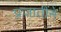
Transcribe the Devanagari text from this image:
प्रजातींने